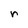
Character: r